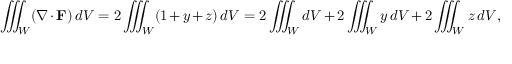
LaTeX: \iiint _ { W } ( \nabla \cdot \mathbf { F } ) \, d V = 2 \iiint _ { W } ( 1 + y + z ) \, d V = 2 \iiint _ { W } d V + 2 \iiint _ { W } y \, d V + 2 \iiint _ { W } z \, d V ,